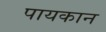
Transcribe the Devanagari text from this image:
पायकान